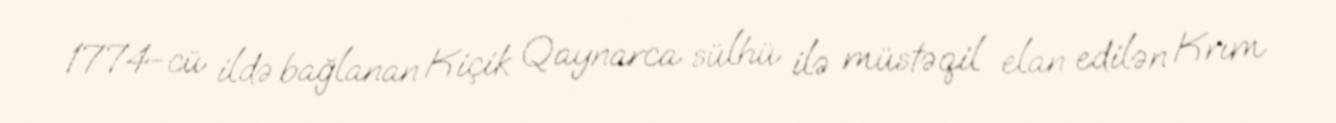
1774-cü ildə bağlanan Kiçik Qaynarca sülhü ilə müstəqil elan edilən Krım